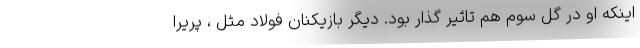
اینکه او در گل سوم هم تاثیر گذار بود. دیگر بازیکنان فولاد مثل ، پریرا